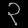
Digit: ၃